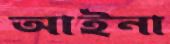
আইনা